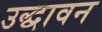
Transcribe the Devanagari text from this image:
उद्धावन